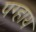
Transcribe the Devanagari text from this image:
पग्हाय